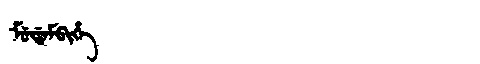
Manchu: ᠮᡠᡩᠠᠮᠪᡳᡥᡝ
Romanization: MUDAMBIHE